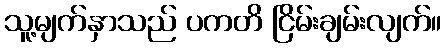
သူ့မျက်နှာသည် ပကတိ ငြိမ်းချမ်းလျက်။